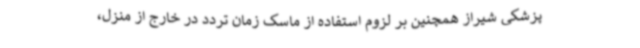
پزشکی شیراز همچنین بر لزوم استفاده از ماسک زمان تردد در خارج از منزل،